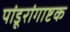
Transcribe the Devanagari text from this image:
पांडूरांगाष्टक